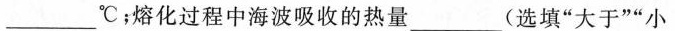
___℃；熔化过程中海波吸收的热量___(选填”大于””小